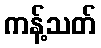
ကန့်သတ်